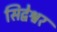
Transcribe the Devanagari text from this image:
सिद्वेश्वर